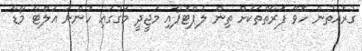
ގުރުއަތުން ހޮވޭ ފަރާތްތަކަށް ތިން ލެޕްޓޮޕާއި މަޖީދީ މަގުގައި ހުންނަ އަލްޓާ މޯޑާ